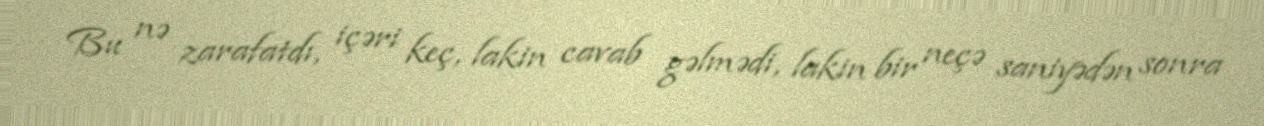
Bu nə zarafatdı, içəri keç, lakin cavab gəlmədi, lakin bir neçə saniyədən sonra